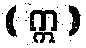
( ဣ )